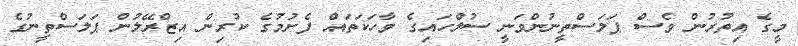
މީގެ އިތުރުން ވެސް ޕަލަސްތީނުންވަނީ ސުލްހައިގެ ވާހަކަތައް ފެށުމުގެ ކުރިން އިޒްރޭލުން ޕަލަސްތީނުގެ